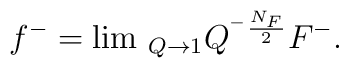
f^{-}=\lim \, _{Q\rightarrow 1}Q^{^{-}\frac{N_F}2}F^{-}.